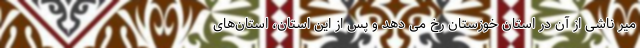
میر ناشی از آن در استان خوزستان رخ می دهد و پس از این استان، استان‌های